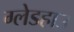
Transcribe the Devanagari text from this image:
ग्लेडहाउ